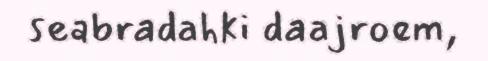
seabradahki daajroem,